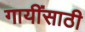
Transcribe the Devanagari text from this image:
गायींसाठी